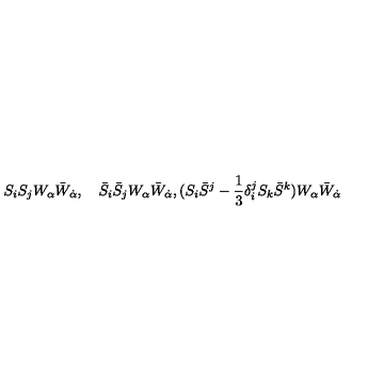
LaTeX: S _ { i } S _ { j } W _ { \alpha } \bar { W } _ { \dot { \alpha } } , \quad \bar { S } _ { i } \bar { S } _ { j } W _ { \alpha } \bar { W } _ { \dot { \alpha } } , ( S _ { i } \bar { S } ^ { j } - { \frac { 1 } { 3 } } \delta _ { i } ^ { j } S _ { k } \bar { S } ^ { k } ) W _ { \alpha } \bar { W } _ { \dot { \alpha } }